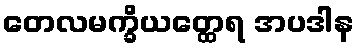
တေလမက္ခိယတ္ထေရ အပဒါန